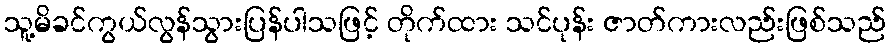
သူ့မိခင်ကွယ်လွန်သွားပြန်ပါသဖြင့် တိုက်ထား သင်ပုန်း ဇာတ်ကားလည်းဖြစ်သည်